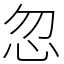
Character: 忽